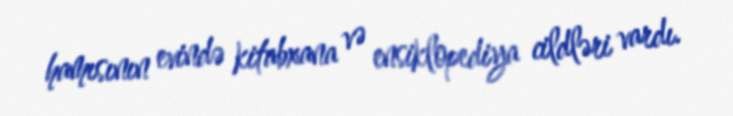
hamısının evində kitabxana və ensiklopediya cildləri vardı.